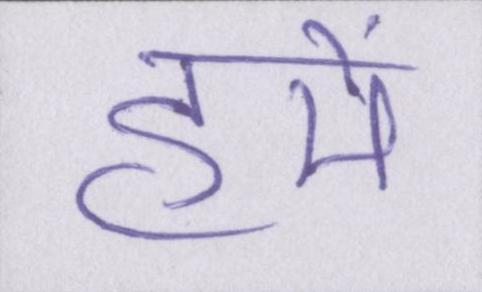
हमें